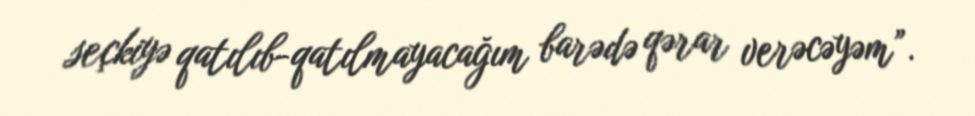
seçkiyə qatılıb-qatılmayacağım barədə qərar verəcəyəm”.